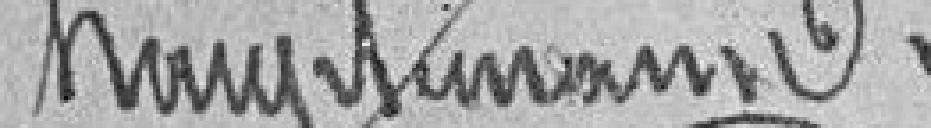
HAUBTMANN